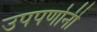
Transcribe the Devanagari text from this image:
उपपर्णानी